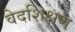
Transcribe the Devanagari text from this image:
वेदशिक्षण